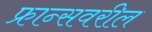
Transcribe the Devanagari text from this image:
फ्रान्सवरील